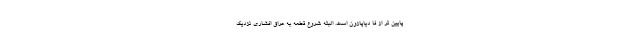
پایین تر از فا دیاپازون است. البتّه شروع قطعه به عراق افشاری نزدیک